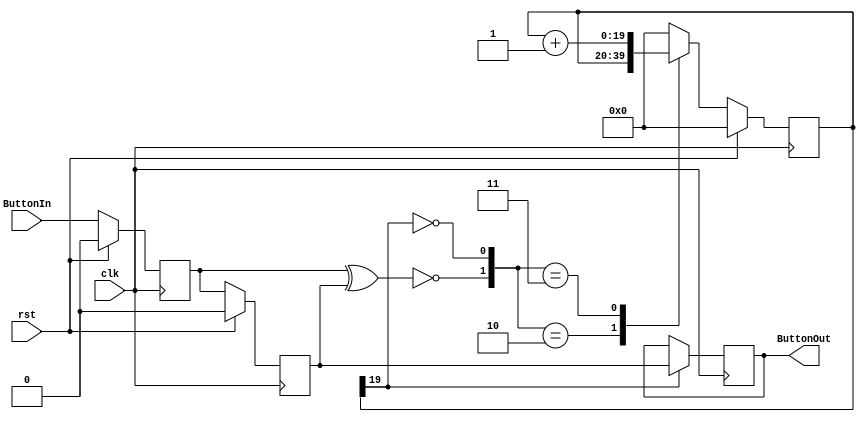

module  antirrebote 
	(
		input clk, 
		input rst,
		input ButtonIn,
		output reg ButtonOut
		
	);


	parameter Ncount = 20;  //2^Ncount
	
	reg  [Ncount-1 : 0]	counter;							
	reg  [Ncount-1 : 0]	counter_next;
	
	reg state1, state2;									
	wire stop_count;											
	wire init_count;

	
	assign	init_count = ~(state1  ^ state2);
	assign 	stop_count = ~(counter[Ncount-1]);			
	

	always @ ( init_count, stop_count, counter)
		begin
			case( {init_count , stop_count})
			
				2'b10 : counter_next <= counter;						
				2'b11 : counter_next <= counter + 1;
				default : counter_next <= 0;
						
			endcase 	
		end


always @ ( posedge clk ) begin
	if(rst) begin
			state1 <= 1'b0;
			state2 <= 1'b0;
			counter <= 0;
	end else begin
			state1 <= ButtonIn;
			state2 <= state1;
			counter <= counter_next;
	end
end

	

always @ ( posedge clk )begin
	if(counter[Ncount-1])
		ButtonOut <= state2;
	else
		ButtonOut <= ButtonOut;
	end

endmodule